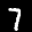
Label: 7